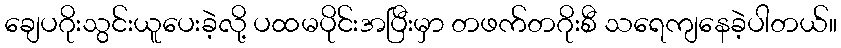
ချေပဂိုးသွင်းယူပေးခဲ့လို့ ပထမပိုင်းအပြီးမှာ တဖက်တဂိုးစီ သရေကျနေခဲ့ပါတယ်။